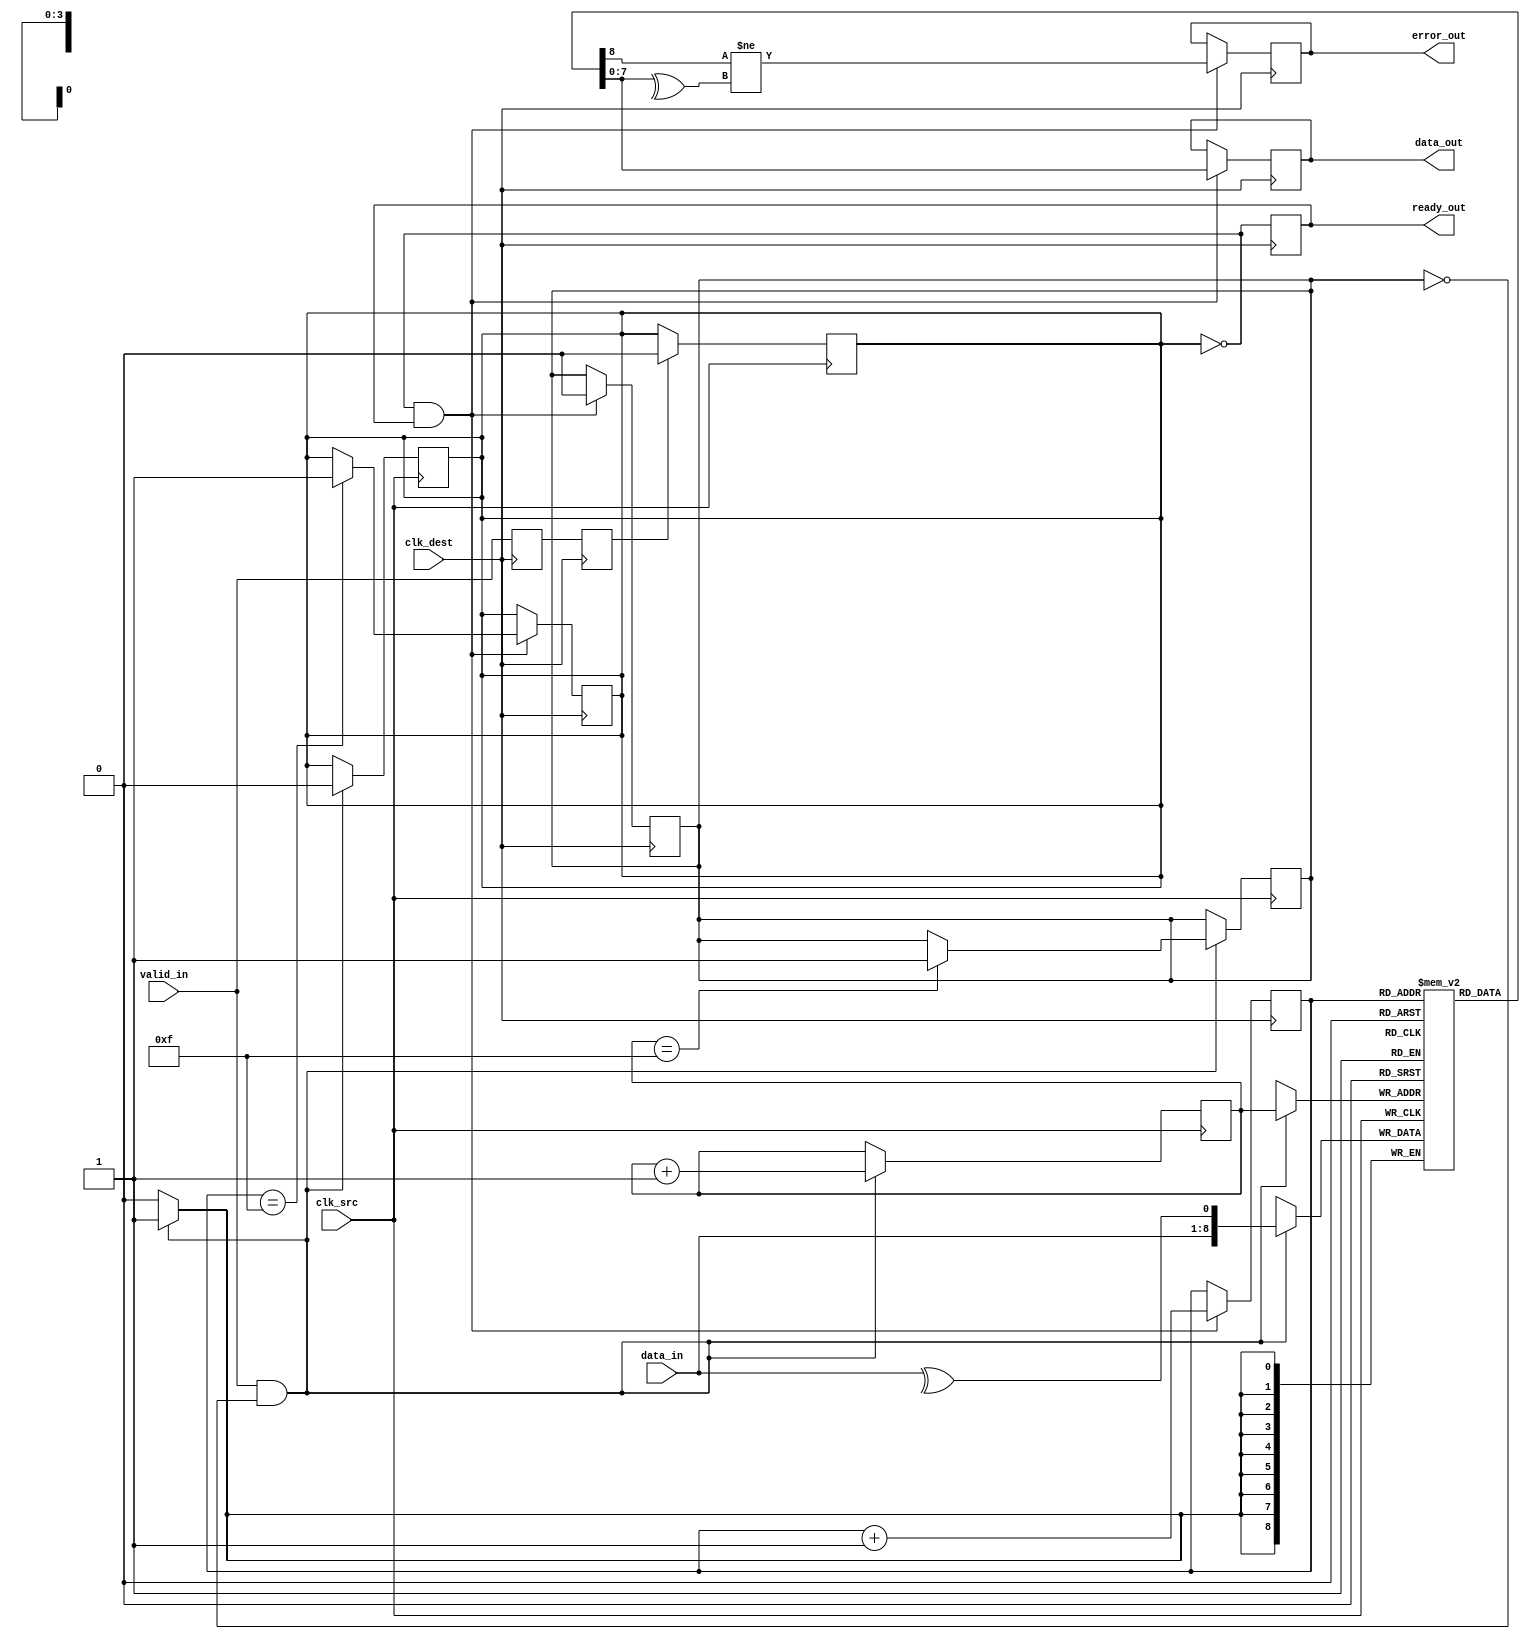
module cdc_memory_blocks (
    input wire clk_src,          // Source clock
    input wire clk_dest,         // Destination clock
    input wire [7:0] data_in,    // Data input from source clock domain
    input wire valid_in,         // Valid signal from source clock domain
    output reg [7:0] data_out,   // Data output to destination clock domain
    output reg ready_out,        // Ready signal to source clock domain
    output reg error_out         // Error signal
);

    reg [8:0] fifo [0:15];       // FIFO buffer (8 bits data + 1 bit parity), 16 entries
    reg [3:0] wr_ptr;            // Write pointer
    reg [3:0] rd_ptr;            // Read pointer
    reg fifo_full;               // FIFO full flag
    reg fifo_empty;              // FIFO empty flag

    // Parity generation
    function [0:0] generate_parity;
        input [7:0] data;
        integer i;
        begin
            generate_parity = ^data; // XOR all bits for parity
        end
    endfunction

    // Write data to FIFO in source clock domain
    always @(posedge clk_src) begin
        if (valid_in && !fifo_full) begin
            fifo[wr_ptr] <= {data_in, generate_parity(data_in)};
            wr_ptr <= wr_ptr + 1;
            fifo_empty <= 0;
            if (wr_ptr == 15) fifo_full <= 1; // Update FIFO full flag
        end
    end

    // Read data from FIFO in destination clock domain
    always @(posedge clk_dest) begin
        if (!fifo_empty && ready_out) begin
            {data_out, error_out} <= {fifo[rd_ptr][7:0], (fifo[rd_ptr][8] != generate_parity(fifo[rd_ptr][7:0]))};
            rd_ptr <= rd_ptr + 1;
            if (rd_ptr == 15) fifo_empty <= 1; // Update FIFO empty flag
            fifo_full <= 0; // Reset FIFO full flag
        end
        // Control the ready_out signal
        ready_out <= !fifo_empty;
    end

    // Synchronize valid signal using dual flip-flop synchronizers
    reg valid_sync_1, valid_sync_2;
    always @(posedge clk_dest) begin
        valid_sync_1 <= valid_in;
        valid_sync_2 <= valid_sync_1;
    end

    // Update the FIFO empty flag on valid signal
    always @(posedge clk_src) begin
        if (valid_sync_2) begin
            fifo_empty <= 0; // FIFO is not empty when valid signal is received
        end
    end

    // Initialize pointers and flags
    initial begin
        wr_ptr = 0;
        rd_ptr = 0;
        fifo_full = 0;
        fifo_empty = 1;
        error_out = 0;
    end
endmodule